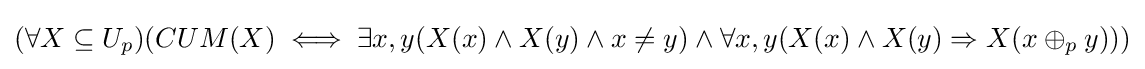
(\forall X\subseteq U_{p})(CUM(X)\iff \exists x,y(X(x)\wedge X(y)\wedge x\neq y)\wedge \forall x,y(X(x)\wedge X(y)\Rightarrow X(x\oplus _{p}y)))